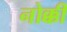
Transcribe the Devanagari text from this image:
नोक्की